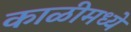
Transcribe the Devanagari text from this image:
काळीमध्ये